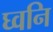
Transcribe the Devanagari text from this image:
घ्वनि